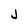
Character: j